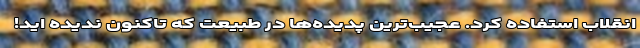
انقلاب استفاده کرد. عجیب‌ترین پدیده‌ها در طبیعت که تاکنون ندیده اید!